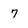
Character: 7